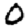
Digit: 0